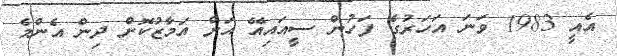
އެއީ 1983 ވަނަ އަހަރުގެ ފަހުން ސީއައިއޭ އަށް އަމާޒުކޮށް ދިން އެންމެ